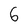
Character: 6